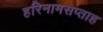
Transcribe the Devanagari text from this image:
हरिनामसप्ताह